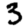
Digit: 3